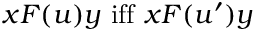
x F ( u ) y { \mathrm { ~ i f f ~ } } x F ( u ^ { \prime } ) y